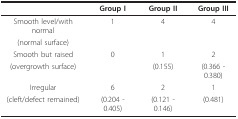
<table><thead><tr><td></td><td><b>Group I</b></td><td><b>Group II</b></td><td><b>Group III</b></td></tr></thead><tbody><tr><td>Smooth level/with normal</td><td>1</td><td>4</td><td>4</td></tr><tr><td>(normal surface)</td><td></td><td></td><td></td></tr><tr><td>Smooth but raised</td><td>0</td><td>1</td><td>2</td></tr><tr><td>(overgrowth surface)</td><td></td><td>(0.155)</td><td>(0.366 - 0.380)</td></tr><tr><td>Irregular</td><td>6</td><td>2</td><td>1</td></tr><tr><td>(cleft/defect remained)</td><td>(0.204 - 0.405)</td><td>(0.121 - 0.146)</td><td>(0.481)</td></tr></tbody></table>